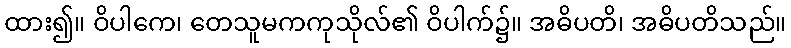
ထား၍။ ဝိပါကေ၊ တေသူမကကုသိုလ်၏ ဝိပါက်၌။ အဓိပတိ၊ အဓိပတိသည်။